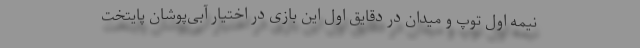
نیمه اول توپ و میدان در دقایق اول این بازی در اختیار آبی‌پوشان پایتخت